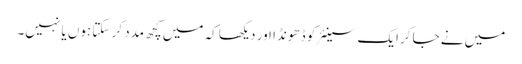
میں نے جاکر ایک سینئر کو ڈھونڈا اور دیکھا کہ میں کچھ مدد کر سکتا ہوں یا نہیں۔